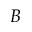
B